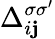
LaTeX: \Delta_{i\mathbf{j}}^{\sigma\sigma^{\prime}}